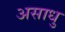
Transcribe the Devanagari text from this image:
असाधु